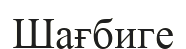
Шағбиге